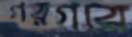
গরগরে